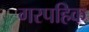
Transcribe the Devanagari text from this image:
गरपहिक